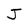
Character: J